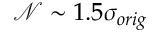
\mathcal { N } \sim 1 . 5 \sigma _ { o r i g }